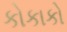
કોકાકો